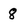
Character: 8